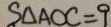
S _ { \Delta A O C } = 9